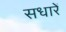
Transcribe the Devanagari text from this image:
सधारें